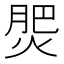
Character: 𭵀